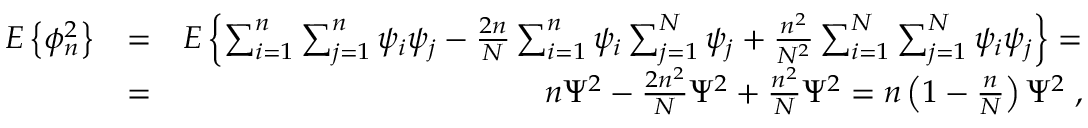
\begin{array} { r l r } { E \left\{ \phi _ { n } ^ { 2 } \right\} } & { = } & { E \left\{ \sum _ { i = 1 } ^ { n } \sum _ { j = 1 } ^ { n } \psi _ { i } \psi _ { j } - { \frac { 2 n } { N } } \sum _ { i = 1 } ^ { n } \psi _ { i } \sum _ { j = 1 } ^ { N } \psi _ { j } + { \frac { n ^ { 2 } } { N ^ { 2 } } } \sum _ { i = 1 } ^ { N } \sum _ { j = 1 } ^ { N } \psi _ { i } \psi _ { j } \right\} = } \\ & { = } & { n \Psi ^ { 2 } - { \frac { 2 n ^ { 2 } } { N } } \Psi ^ { 2 } + { \frac { n ^ { 2 } } { N } } \Psi ^ { 2 } = n \left( 1 - { \frac { n } { N } } \right) \Psi ^ { 2 } \; , } \end{array}